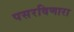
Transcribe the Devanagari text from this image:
पसरविणारा